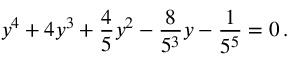
y ^ { 4 } + 4 y ^ { 3 } + { \frac { 4 } { 5 } } y ^ { 2 } - { \frac { 8 } { 5 ^ { 3 } } } y - { \frac { 1 } { 5 ^ { 5 } } } = 0 \, .